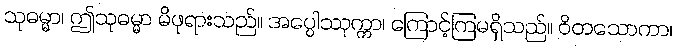
သုဓမ္မာ၊ ဤသုဓမ္မာ မိဖုရားသည်။ အပ္ပေါဿုက္ကာ၊ ကြောင့်ကြမရှိသည်။ ဝိတသောကာ၊